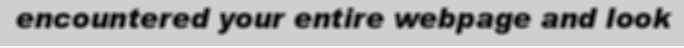
encountered your entire webpage and look